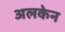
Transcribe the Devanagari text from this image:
अलकेन